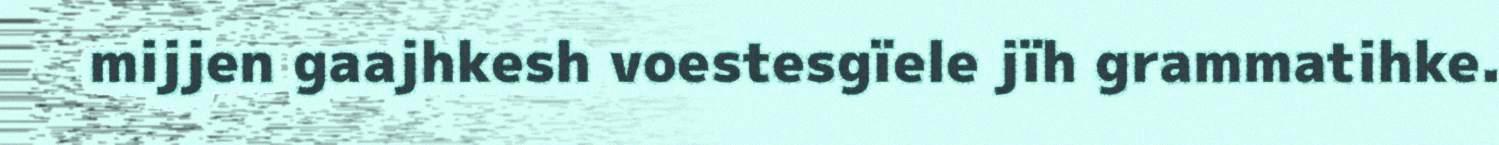
mijjen gaajhkesh voestesgïele jïh grammatihke.